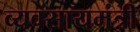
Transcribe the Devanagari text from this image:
व्यवसायमंत्री